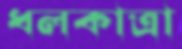
ধলকাত্রা